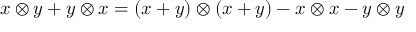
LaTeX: x \otimes y + y \otimes x = ( x + y ) \otimes ( x + y ) - x \otimes x - y \otimes y